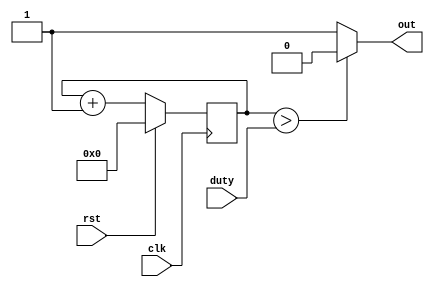
`timescale 1ns / 1ps
//////////////////////////////////////////////////////////////////////////////////
// Company: 
// Engineer: 
// 
// Design Name: 
// Module Name:    pwm 
// Project Name: 
// Target Devices: 
// Tool versions: 
// Description: 
//
// Dependencies: 
//
// Revision: 
// Revision 0.01 - File Created
// Additional Comments: 
//
//////////////////////////////////////////////////////////////////////////////////
module pwm(
    input clk,
    input rst,
    input [7:0] duty,
    output out
    );

    reg [7:0] count;
    assign out = (count > duty) ? 0 : 1;

    always @(posedge clk) begin
        count <= count + 8'd1;
        if (rst) begin
            count <= 1'b0;
        end
    end

endmodule